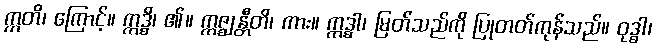
ဣတိ၊ ကြောင့်။ ဣဒ္ဓိ၊ ၏။ ဣဇ္ဈန္တီတိ၊ ကား။ ဣဒ္ဓါ၊ မြတ်သည်ကို ပြုတတ်ကုန်သည်။ ဝုဒ္ဓါ၊